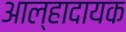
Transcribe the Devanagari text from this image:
आल्हादायक